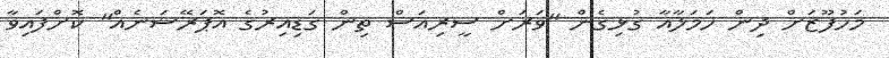
މަހުފޫޒަށް ދިން ހަމަލާއާ ގުޅިގެން "ވަރަށް ސީރިއަސް ތިން ގަޑިއިރުގެ އޮޕަރޭޝަނެއް" ކޮށްފައިވާ